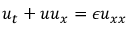
u _ { t } + u u _ { x } = \epsilon u _ { x x }